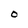
Character: O